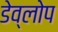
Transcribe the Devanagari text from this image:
डेव्लोप